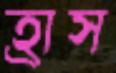
হ্রাস